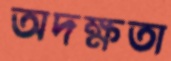
অদক্ষতা